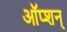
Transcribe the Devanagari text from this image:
ऑप्शन्